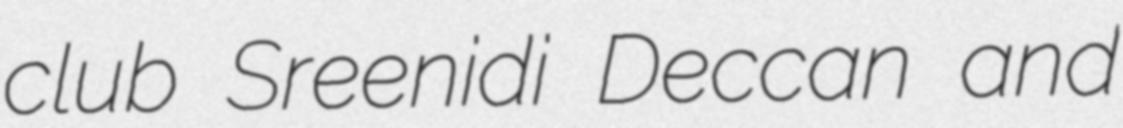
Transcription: club Sreenidi Deccan and